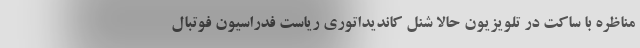
مناظره با ساکت در تلویزیون حالا شنل کاندیداتوری ریاست فدراسیون فوتبال